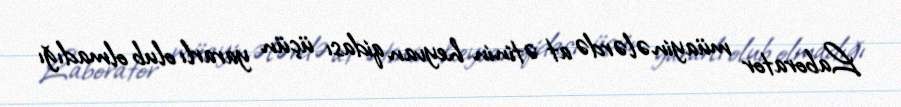
Laborator müayinələrdə at ətinin heyvan qidası üçün yararlı olub olmadığı